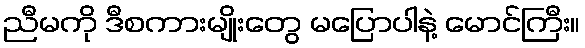
ညီမကို ဒီစကားမျိုးတွေ မပြောပါနဲ့ မောင်ကြီး။